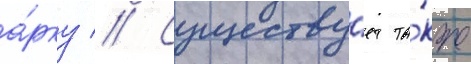
а́рку // Существу́ет та́кже